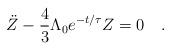
LaTeX: \begin{align*}\ddot Z - \frac{4}{3}\Lambda_0e^{-t/\tau}Z = 0 \quad .\end{align*}